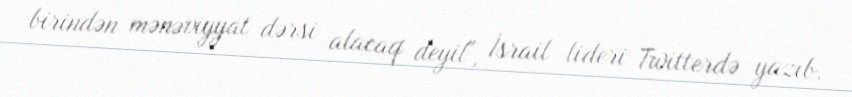
birindən mənəviyyat dərsi alacaq deyil", İsrail lideri Twitterdə yazıb.